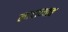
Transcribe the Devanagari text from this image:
लाटाव्यात